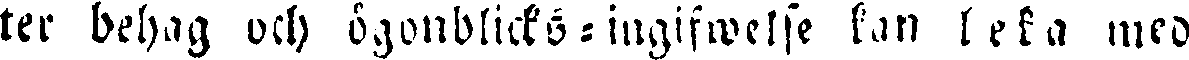
ter behag och ögonblicks-ingifwelse kan leka med